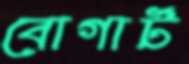
বোগার্ট